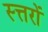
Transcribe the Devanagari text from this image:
स्त्तरों